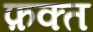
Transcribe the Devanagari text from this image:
फ़क्‍त